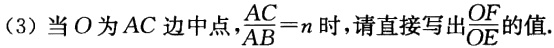
(3) 当\(O\)为\(AC\)边中点，\(\frac{AC}{AB}=n\)时，请直接写出\(\frac{OF}{OE}\)的值.